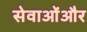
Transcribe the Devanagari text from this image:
सेवाओंऔर